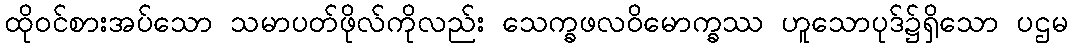
ထိုဝင်စားအပ်သော သမာပတ်ဖိုလ်ကိုလည်း သေက္ခဖလဝိမောက္ခဿ ဟူသောပုဒ်၌ရှိသော ပဌမ